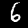
Digit: 6